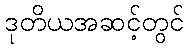
ဒုတိယအဆင့်တွင်